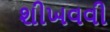
શીખવવી